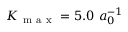
K _ { \mathrm { ~ m ~ a ~ x ~ } } = 5 . 0 ~ a _ { 0 } ^ { - 1 }